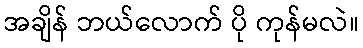
အချိန် ဘယ်လောက် ပို ကုန်မလဲ။